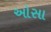
ઓસા